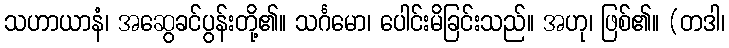
သဟာယာနံ၊ အဆွေခင်ပွန်းတို့၏။ သင်္ဂမော၊ ပေါင်းမိခြင်းသည်။ အဟု၊ ဖြစ်၏။ (တဒါ၊